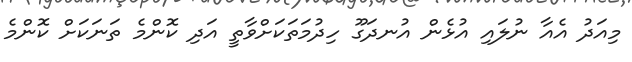
މިއަދު އެއާ ނުލައި އުޅެން އުނދަގޫ ހިދުމަތަކަށްވާތީ އަދި ކޮންމެ ތަނަކަށް ކޮންމެ